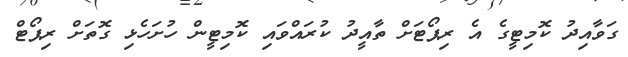
ގަވާއިދު ކޮމިޓީގެ އެ ރިޕޯޓަށް ތާއީދު ކުރައްވައި ކޮމިޓީން ހުށަހެޅި ގޮތަށް ރިޕޯޓް